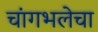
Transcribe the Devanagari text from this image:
चांगभलेचा